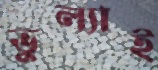
ভুল্যাই